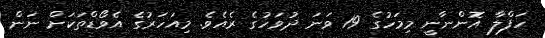
ހަފްލާ އޮންނާނީ މިމަހުގެ 19 ވަނަ ދުވަހުގެ ރެއެވެ. މިއަހަރުގެ އެވޯޑްތަކަަށް ނަން